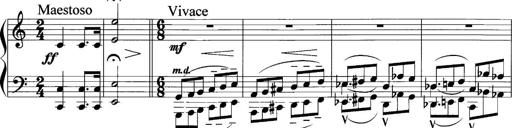
Title: Sonatina No.1
Composer: Otto Stoll
Key: C major